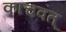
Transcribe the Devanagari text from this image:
काचवत्